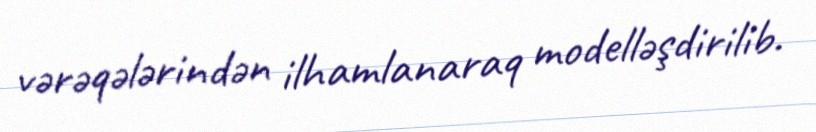
vərəqələrindən ilhamlanaraq modelləşdirilib.